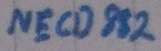
Text: NECD882